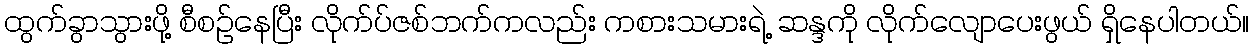
ထွက်ခွာသွားဖို့ စီစဉ်နေပြီး လိုက်ပ်ဇစ်ဘက်ကလည်း ကစားသမားရဲ့ ဆန္ဒကို လိုက်လျောပေးဖွယ် ရှိနေပါတယ်။